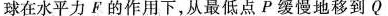
球在水平力F的作用下，从最低点P缓慢地移到Q